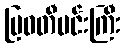
မြဝတီမင်းကြီး